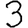
Digit: 3